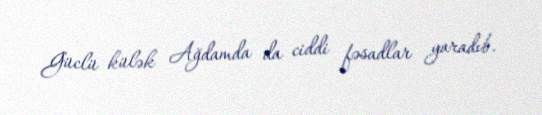
Güclü külək Ağdamda da ciddi fəsadlar yaradıb.